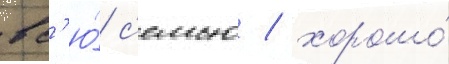
вс'ю́ с'емью / хорошо́